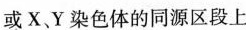
或X、Y染色体的同源区段上